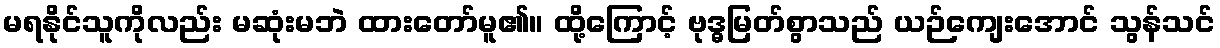
မရနိုင်သူကိုလည်း မဆုံးမဘဲ ထားတော်မူ၏။ ထို့ကြောင့် ဗုဒ္ဓမြတ်စွာသည် ယဉ်ကျေးအောင် သွန်သင်